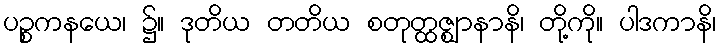
ပဉ္စကနယေ၊ ၌။ ဒုတိယ တတိယ စတုတ္ထဇ္ဈာနာနိ၊ တို့ကို။ ပါဒကာနိ၊